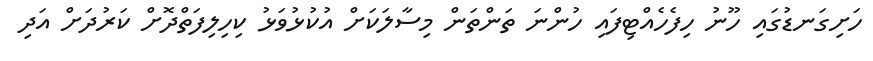
ހަށިގަނޑުގައި ހޫނު ހިފެހެއްޓިފައި ހުންނަ ތަންތަން މިސާލަކަށް އުކުޅުވަޅު ކިހިލިފަތްދޮށް ކަރުދަށް އަދި